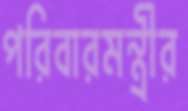
পরিবারমন্ত্রীর